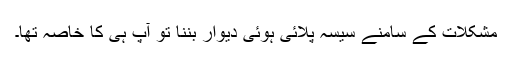
مشکلات کے سامنے سیسہ پلائی ہوئی دیوار بننا تو آپ ہی کا خاصہ تھا۔